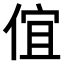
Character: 𠊙